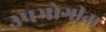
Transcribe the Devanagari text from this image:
उपभोगीता